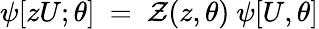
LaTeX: \psi[zU;\theta]~=~{\cal Z}(z,\theta)~\psi[U,\theta]